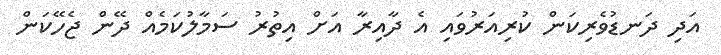
އަދި ދަނޑުވެރިކަން ކުރިއަރުވައި އެ ދާއިރާ އަށް އިތުރު ސަމާލުކަމެއް ދޭން ޖެހޭކަން